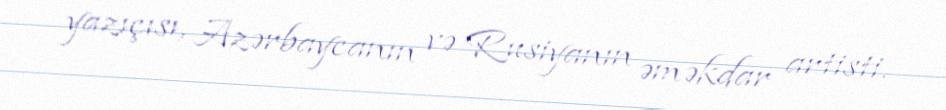
yazıçısı, Azərbaycanın və Rusiyanın əməkdar artisti.